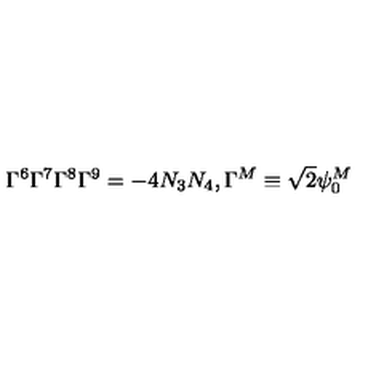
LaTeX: \Gamma ^ { 6 } \Gamma ^ { 7 } \Gamma ^ { 8 } \Gamma ^ { 9 } = - 4 N _ { 3 } N _ { 4 } , \Gamma ^ { M } \equiv \sqrt { 2 } \psi _ { 0 } ^ { M }